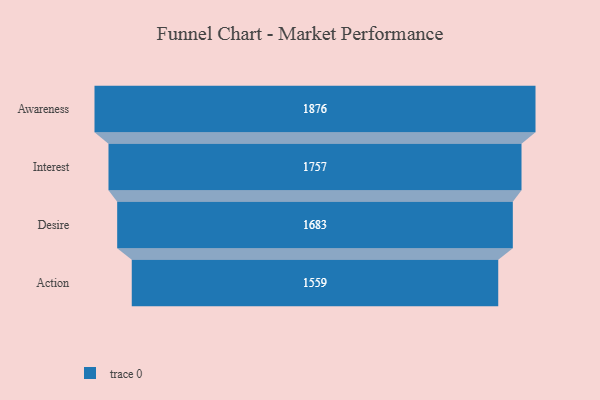
{"axis": {"x": "Stage", "y": "Value"}, "legend": [""], "data": [{"x": "Awareness", "y": 1876.0, "type": ""}, {"x": "Interest", "y": 1757.0, "type": ""}, {"x": "Desire", "y": 1683.0, "type": ""}, {"x": "Action", "y": 1559.0, "type": ""}]}